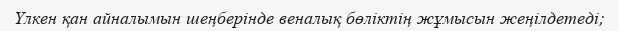
Үлкен қан айналымын шеңберінде веналық бөліктің жұмысын жеңілдетеді;